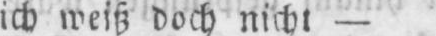
ich weiß doch nicht -